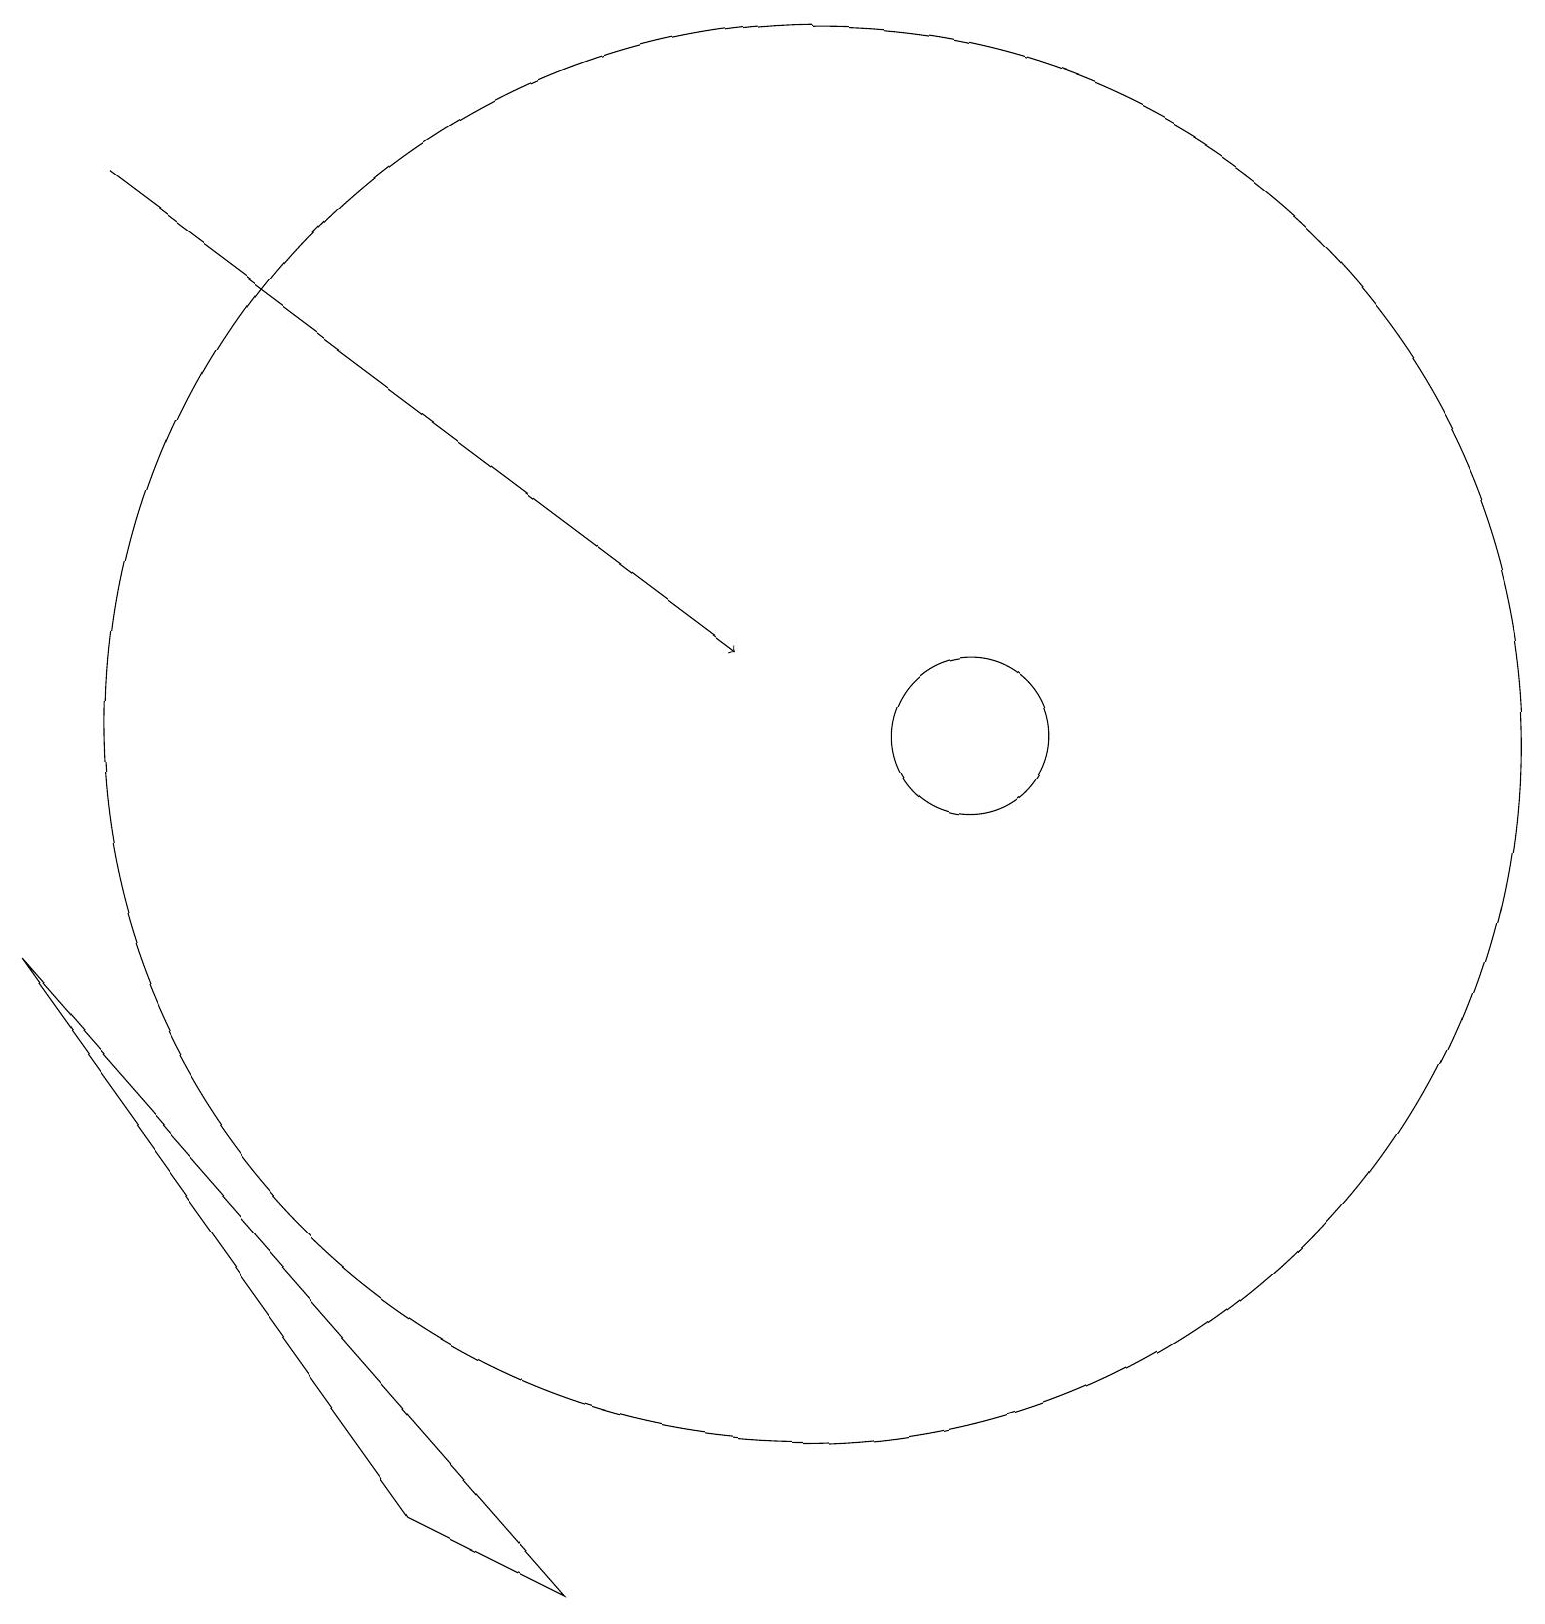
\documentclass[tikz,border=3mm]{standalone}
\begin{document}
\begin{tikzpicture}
\draw[->] (1,18) -- (9,12);
\draw (5,1) -- (0,8) -- (7,0) -- cycle;
\draw (10,11) circle (9);
\draw (12,11) circle (1);
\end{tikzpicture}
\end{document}